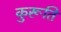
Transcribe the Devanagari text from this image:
कुरूति